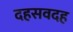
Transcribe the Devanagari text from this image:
दहसवदह